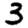
Digit: 3